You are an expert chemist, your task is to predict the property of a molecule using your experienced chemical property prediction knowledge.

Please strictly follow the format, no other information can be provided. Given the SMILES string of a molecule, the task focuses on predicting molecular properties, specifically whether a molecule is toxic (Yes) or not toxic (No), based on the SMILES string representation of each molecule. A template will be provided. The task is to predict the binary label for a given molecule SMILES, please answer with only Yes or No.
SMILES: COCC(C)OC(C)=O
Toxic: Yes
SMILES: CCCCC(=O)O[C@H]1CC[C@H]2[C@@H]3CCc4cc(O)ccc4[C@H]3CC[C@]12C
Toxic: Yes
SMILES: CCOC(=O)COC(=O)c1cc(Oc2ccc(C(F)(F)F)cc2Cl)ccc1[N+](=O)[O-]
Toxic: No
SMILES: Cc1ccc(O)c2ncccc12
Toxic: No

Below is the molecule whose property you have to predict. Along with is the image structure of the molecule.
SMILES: CCCOC(=O)c1c(Cl)c(Cl)c(Cl)c(Cl)c1C(=O)OCCC
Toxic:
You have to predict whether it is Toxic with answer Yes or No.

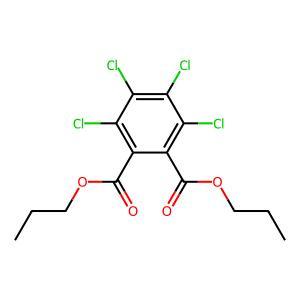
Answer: No